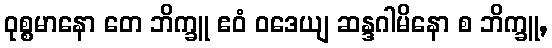
ဝုစ္စမာနော တေ ဘိက္ခူ ဧဝံ ဝဒေယျ ဆန္ဒဂါမိနော စ ဘိက္ခူ,